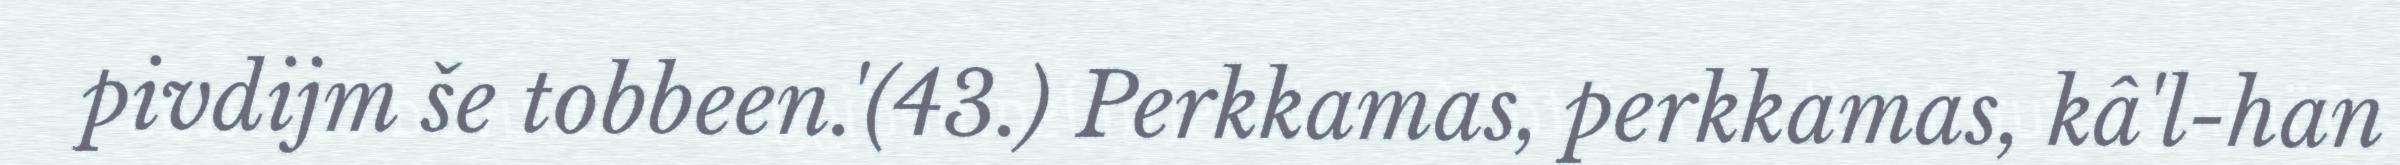
pivdijm še tobbeen.'(43.) Perkkamas, perkkamas, kâ'l-han